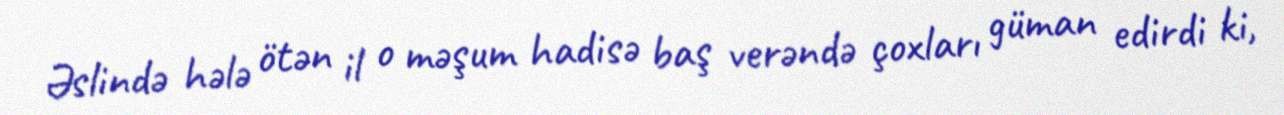
Əslində hələ ötən il o məşum hadisə baş verəndə çoxları güman edirdi ki,